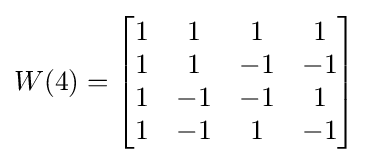
W(4)={\begin{bmatrix}1&1&1&1\\1&1&-1&-1\\1&-1&-1&1\\1&-1&1&-1\\\end{bmatrix}}